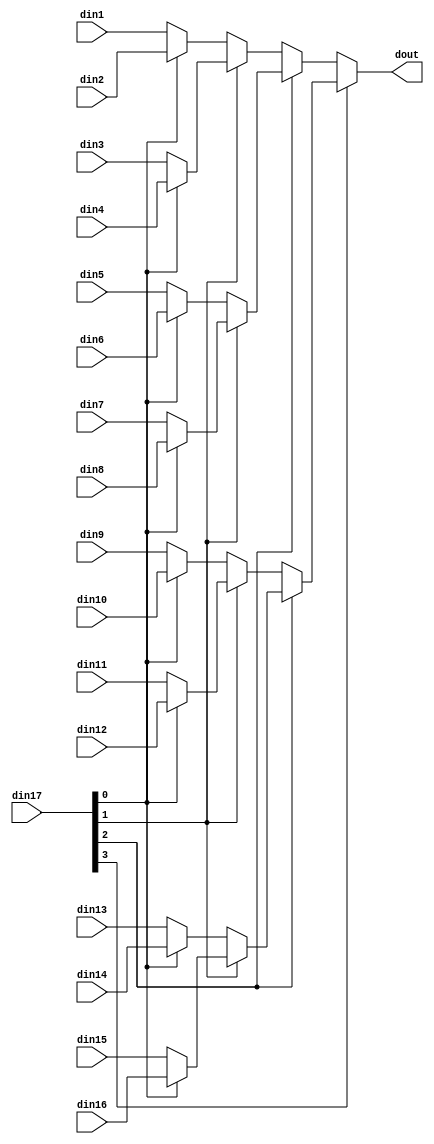
module sp_mux_16to1_sel4_7_1 #(
parameter
    ID                = 0,
    NUM_STAGE         = 1,
    din1_WIDTH       = 32,
    din2_WIDTH       = 32,
    din3_WIDTH       = 32,
    din4_WIDTH       = 32,
    din5_WIDTH       = 32,
    din6_WIDTH       = 32,
    din7_WIDTH       = 32,
    din8_WIDTH       = 32,
    din9_WIDTH       = 32,
    din10_WIDTH       = 32,
    din11_WIDTH       = 32,
    din12_WIDTH       = 32,
    din13_WIDTH       = 32,
    din14_WIDTH       = 32,
    din15_WIDTH       = 32,
    din16_WIDTH       = 32,
    din17_WIDTH         = 32,
    dout_WIDTH            = 32
)(
    input  [6 : 0]     din1,
    input  [6 : 0]     din2,
    input  [6 : 0]     din3,
    input  [6 : 0]     din4,
    input  [6 : 0]     din5,
    input  [6 : 0]     din6,
    input  [6 : 0]     din7,
    input  [6 : 0]     din8,
    input  [6 : 0]     din9,
    input  [6 : 0]     din10,
    input  [6 : 0]     din11,
    input  [6 : 0]     din12,
    input  [6 : 0]     din13,
    input  [6 : 0]     din14,
    input  [6 : 0]     din15,
    input  [6 : 0]     din16,
    input  [3 : 0]    din17,
    output [6 : 0]   dout);

// puts internal signals
wire [3 : 0]     sel;
// level 1 signals
wire [6 : 0]         mux_1_0;
wire [6 : 0]         mux_1_1;
wire [6 : 0]         mux_1_2;
wire [6 : 0]         mux_1_3;
wire [6 : 0]         mux_1_4;
wire [6 : 0]         mux_1_5;
wire [6 : 0]         mux_1_6;
wire [6 : 0]         mux_1_7;
// level 2 signals
wire [6 : 0]         mux_2_0;
wire [6 : 0]         mux_2_1;
wire [6 : 0]         mux_2_2;
wire [6 : 0]         mux_2_3;
// level 3 signals
wire [6 : 0]         mux_3_0;
wire [6 : 0]         mux_3_1;
// level 4 signals
wire [6 : 0]         mux_4_0;

assign sel = din17;

// Generate level 1 logic
assign mux_1_0 = (sel[0] == 0)? din1 : din2;
assign mux_1_1 = (sel[0] == 0)? din3 : din4;
assign mux_1_2 = (sel[0] == 0)? din5 : din6;
assign mux_1_3 = (sel[0] == 0)? din7 : din8;
assign mux_1_4 = (sel[0] == 0)? din9 : din10;
assign mux_1_5 = (sel[0] == 0)? din11 : din12;
assign mux_1_6 = (sel[0] == 0)? din13 : din14;
assign mux_1_7 = (sel[0] == 0)? din15 : din16;

// Generate level 2 logic
assign mux_2_0 = (sel[1] == 0)? mux_1_0 : mux_1_1;
assign mux_2_1 = (sel[1] == 0)? mux_1_2 : mux_1_3;
assign mux_2_2 = (sel[1] == 0)? mux_1_4 : mux_1_5;
assign mux_2_3 = (sel[1] == 0)? mux_1_6 : mux_1_7;

// Generate level 3 logic
assign mux_3_0 = (sel[2] == 0)? mux_2_0 : mux_2_1;
assign mux_3_1 = (sel[2] == 0)? mux_2_2 : mux_2_3;

// Generate level 4 logic
assign mux_4_0 = (sel[3] == 0)? mux_3_0 : mux_3_1;

// output logic
assign dout = mux_4_0;

endmodule